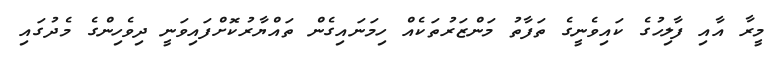
މީރާ އާއި ފާލިހުގެ ކައިވެނީގެ ތަފާތު މަންޒަރުތަކެއް ހިމަނައިގެން ތައްޔާރުކޮށްފައިވަނީ ދިވެހިންގެ މެދުގައި